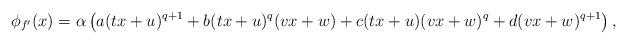
LaTeX: \begin{align*}\phi_{f'}(x) = \alpha \left( a (tx+u)^{q+1} + b (tx+u)^q (vx+w) + c(tx+u) (vx+w)^q + d (vx+w)^{q+1} \right),\end{align*}